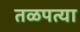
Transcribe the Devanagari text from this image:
तळपत्या